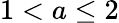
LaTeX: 1<a\le 2